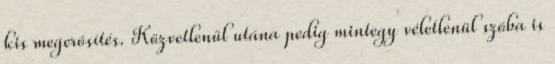
kis megerősítés. Közvetlenül utána pedig mintegy véletlenül szóba is